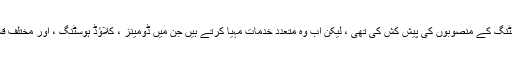
اصل میں انہوں نے مشترکہ ہوسٹنگ کے منصوبوں کی پیش کش کی تھی ، لیکن اب وہ متعدد خدمات مہیا کرتے ہیں جن میں ڈومینز ، کلاؤڈ ہوسٹنگ ، اور مختلف قسم کے ہوسٹنگ آپشنز شامل ہیں۔